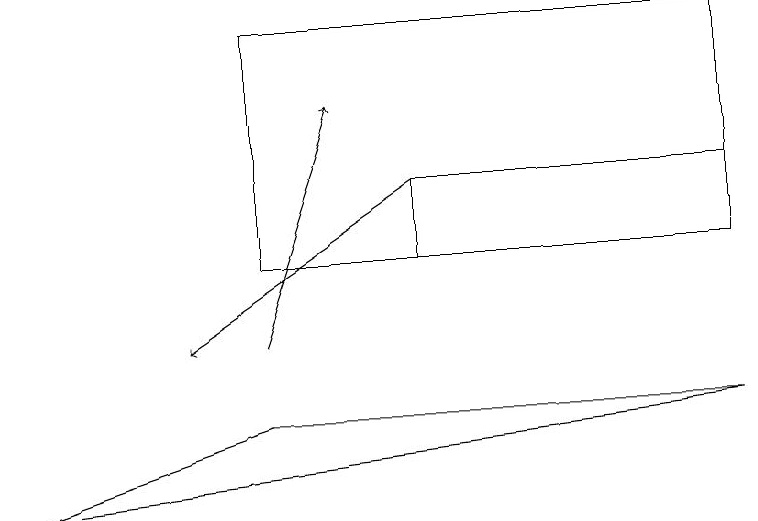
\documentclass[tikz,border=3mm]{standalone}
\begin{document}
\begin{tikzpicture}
\draw (9,14) rectangle (3,11);
\draw[->] (5,12) -- (2,10);
\draw[->] (3,10) -- (4,13);
\draw (0,8) -- (3,9) -- (9,9) -- cycle;
\draw (9,12) rectangle (5,11);
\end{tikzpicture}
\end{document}